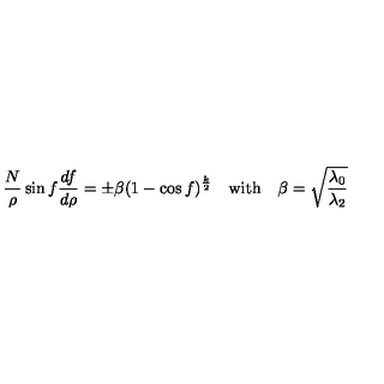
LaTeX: \frac { N } { \rho } \sin f \frac { d f } { d \rho } = \pm \beta ( 1 - \cos f ) ^ { \frac { k } { 2 } } \quad \mathrm { w i t h } \quad \beta = \sqrt { \frac { \lambda _ { 0 } } { \lambda _ { 2 } } }